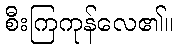
စီးကြကုန်လေ၏။